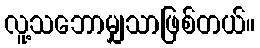
လူ့သဘောမျှသာဖြစ်တယ်။